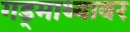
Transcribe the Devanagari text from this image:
गड्माथ्यावर